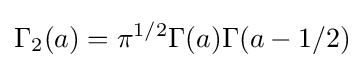
\Gamma _{2}(a)=\pi ^{1/2}\Gamma (a)\Gamma (a-1/2)